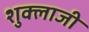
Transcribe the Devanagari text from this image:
शुक्लाजी